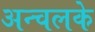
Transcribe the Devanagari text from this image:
अन्चलके